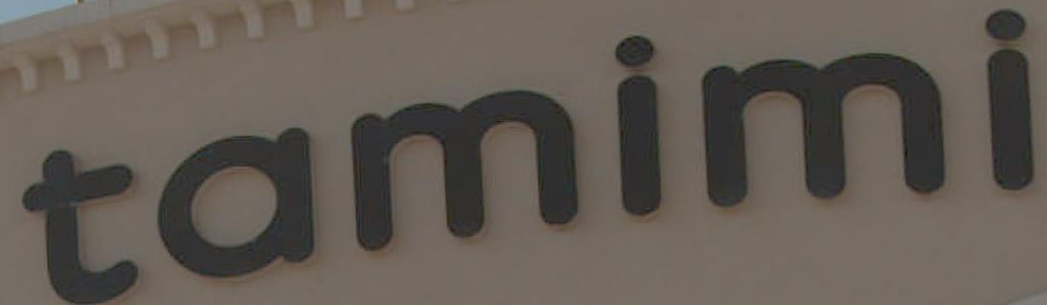
tamimi